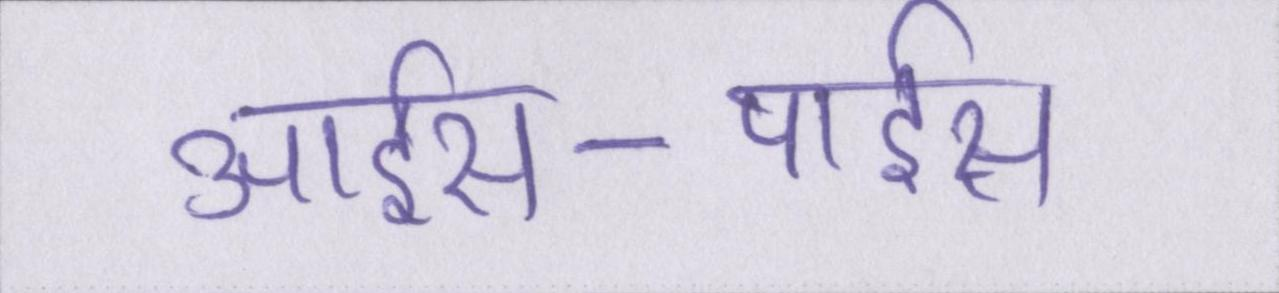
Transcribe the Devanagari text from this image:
आईस-पाईस